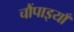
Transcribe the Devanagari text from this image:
चौंपाइयाँ